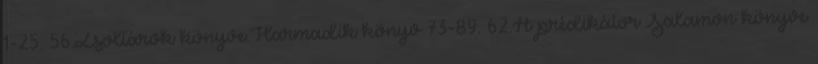
1-25. 56.Zsoltárok könyve.Harmadik könyv 73-89. 62.A prédikátor Salamon könyve